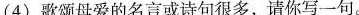
_(4)歌颂母爱的名言或诗句很多，请你写一句。